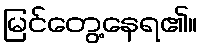
မြင်တွေ့နေရ၏။